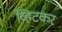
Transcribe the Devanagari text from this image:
व्हिटकर